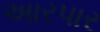
અારપાર